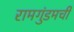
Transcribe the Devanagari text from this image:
रामगुंडमची